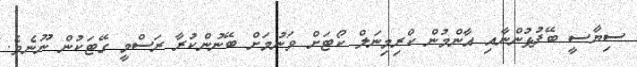
ސިޔާސީ ބޭފުޅުންނާއި އާންމުން ކްރިމިނަލް ކޯޓަށް ވަނުމަށް ބޭނުންކުރާ ރަސްމީ ގޭޓަކުން ނޫނެވެ.